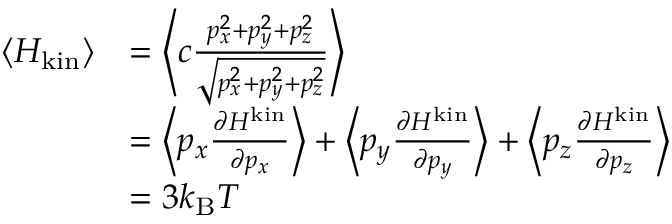
{ \begin{array} { r l } { \langle H _ { \mathrm { k i n } } \rangle } & { = \left\langle c { \frac { p _ { x } ^ { 2 } + p _ { y } ^ { 2 } + p _ { z } ^ { 2 } } { \sqrt { p _ { x } ^ { 2 } + p _ { y } ^ { 2 } + p _ { z } ^ { 2 } } } } \right\rangle } \\ & { = \left\langle p _ { x } { \frac { \partial H ^ { \mathrm { k i n } } } { \partial p _ { x } } } \right\rangle + \left\langle p _ { y } { \frac { \partial H ^ { \mathrm { k i n } } } { \partial p _ { y } } } \right\rangle + \left\langle p _ { z } { \frac { \partial H ^ { \mathrm { k i n } } } { \partial p _ { z } } } \right\rangle } \\ & { = 3 k _ { \mathrm { B } } T } \end{array} }